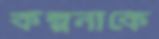
কল্পনাকে